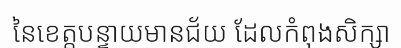
នៃខេត្តបន្ទាយមានជ័យ ដែលកំពុងសិក្សា